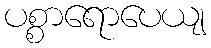
ပစ္စာရောပေယျ